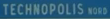
TECHNOPOLIS